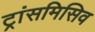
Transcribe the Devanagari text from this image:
ट्रांसमिसिव